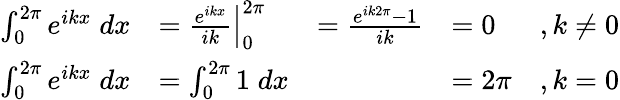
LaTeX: \begin{array}{rlrlr}{\int_{0}^{2\pi}e^{ikx}\; dx}&{=\left.\frac{e^{ikx}}{ik}\right|_{0}^{2\pi}}&{=\frac{e^{ik2\pi}-1}{ik}}&{=0}&{,k\neq 0}\\ {\int_{0}^{2\pi}e^{ikx}\; dx}&{=\int_{0}^{2\pi}1\; dx}&&{=2\pi}&{,k=0}\end{array}